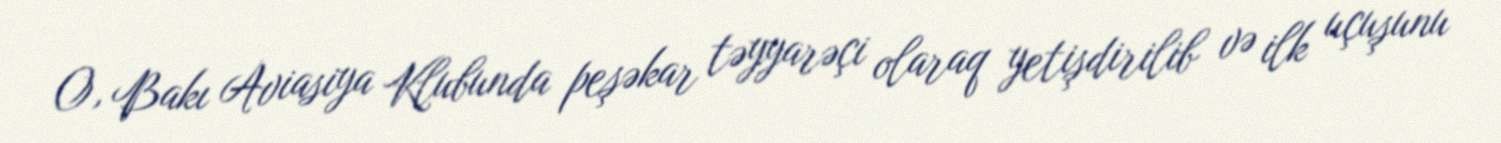
O, Bakı Aviasiya Klubunda peşəkar təyyarəçi olaraq yetişdirilib və ilk uçuşunu